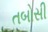
તબોસી